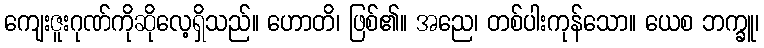
ကျေးဇူးဂုဏ်ကိုဆိုလေ့ရှိသည်။ ဟောတိ၊ ဖြစ်၏။ အညေ၊ တစ်ပါးကုန်သော။ ယေစ ဘက္ခူ၊